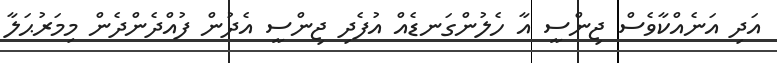
އަދި އަނެއްކާވެސް ޖިންސީ އާ ހެލުންގަނޑެއް އުފެދި ޖިންސީ އެދުން ފުއްދެންދެން މިމަރުޙަލާ